Newspaper: The daily Gate City. [volume]
Place of publication: Keokuk, Iowa
Publisher: J.B. Howell
Date: 1865-12-27 00:00:00
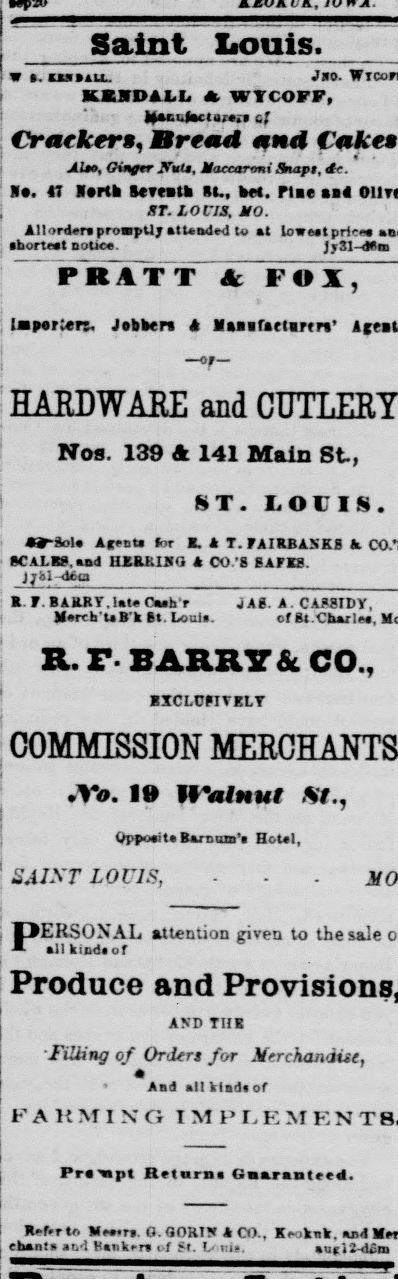
Advertisement text (OCR):
Saint Louis. w a. utiia. Jno. KXIDALL WTCOFF, )*a(.i.iactu e. t' Crackers, Bread and Cake* Alto, Gingtr „Vu», M'itcar-mi fbtapi. t'. le. 47 Berth Itrnll RU, M. flic til ST. IOV1S, 110. AllonUr*promptly attended to at lowaatpricea ahorteat notice. JjrSl-dBn PRATT A FOX, bapert«iT. ^oth«in A NMaratlutn' HARDWARE and Nos. 139 A 141 Main St, ST. LOUIS. «»-aole Agent* for B. A T. FAIRBANKS •CALKS, aad HARRISO CO.'8 8AFKS. })-,i decs F. BARRY.late Oaah'r Merch'UB'k St. Loui». JAS. A. CASSIDY, ofSt .Charlaa, R.F- BARR7& CO., rxri r^ivpLT COMMISSION »Vfl. 19 Walnut St., ^pyo*its Barcmo'i U. tal, SAINT LOUIS, PERSONAL 'Filling of Orders for Merchandise, And all klad* of I'""ARMING rrampt Betaraa SaaraaUtd. v,..r, r. 'TOT("!V k fV Kr- krit. ard attention ziren to the tale all kind*of Produce and AND THE
Label: text-only